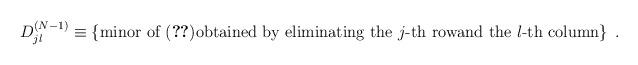
LaTeX: \begin{align*}D_{jl}^{(N-1)} \equiv \left\{ \mbox{minor of (\ref{c-matrix})obtained by eliminating the $j$-th rowand the $l$-th column} \right\} \; .\end{align*}